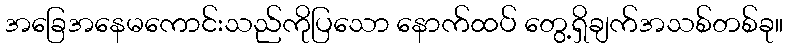
အခြေအနေမကောင်းသည်ကိုပြသော နောက်ထပ် တွေ့ရှိချက်အသစ်တစ်ခု။